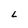
Character: L